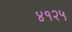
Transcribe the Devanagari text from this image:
४१२५